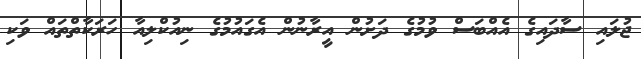
ޖުލައި ސާދައިގެ އެއްބަސް ވުމުގެ ދަށުން އީރާނުން އެގައުމުގެ ނިއުކްލިއާ ހަރަކާތްތައް ވަކި